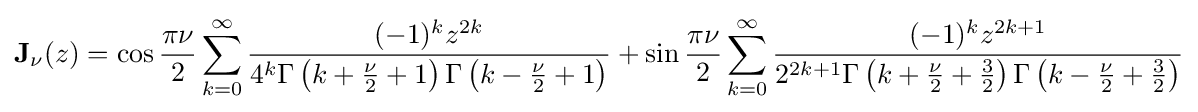
\mathbf {J} _{\nu }(z)=\cos {\frac {\pi \nu }{2}}\sum _{k=0}^{\infty }{\frac {(-1)^{k}z^{2k}}{4^{k}\Gamma \left(k+{\frac {\nu }{2}}+1\right)\Gamma \left(k-{\frac {\nu }{2}}+1\right)}}+\sin {\frac {\pi \nu }{2}}\sum _{k=0}^{\infty }{\frac {(-1)^{k}z^{2k+1}}{2^{2k+1}\Gamma \left(k+{\frac {\nu }{2}}+{\frac {3}{2}}\right)\Gamma \left(k-{\frac {\nu }{2}}+{\frac {3}{2}}\right)}}